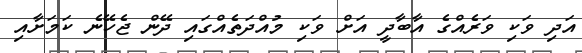
އަދި ވަކި ވަރެއްގެ އާބާދީ އަށް ވަކި މުއްދަތެއްގައި ދޭން ޖެހޭނެ ކަމަށާއި